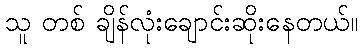
သူ တစ် ချိန်လုံးချောင်းဆိုးနေတယ်။